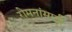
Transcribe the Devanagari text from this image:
रोमनांसाठी